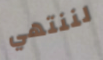
لننتهي